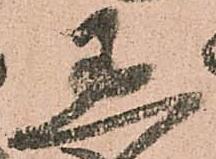
過